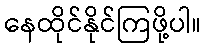
နေထိုင်နိုင်ကြဖို့ပါ။